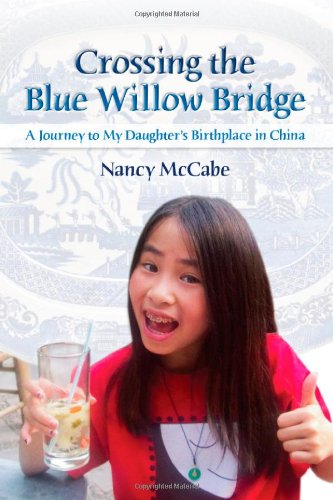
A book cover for Crossing the Blue Willow Bridge: A Journey to My Daughter's Birthplace in China; Nancy McCabe; Travel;